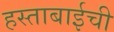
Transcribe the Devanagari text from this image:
हस्ताबाईची